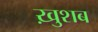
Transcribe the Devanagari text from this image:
ख़ुशब